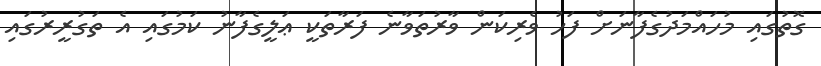
ގޮތުގައި މުހައްމަދުގެފާނަށް ފަހު ވެރިކަން ވާރުތަވާނެ ފަރާތަކީ ޢަލީގެފާނު ކަމުގައި އެ ތަގުރީރުގައި